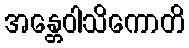
အန္တေဝါသိကောတိ